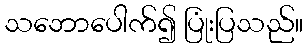
သဘောပေါက်၍ ပြုံးပြသည်။